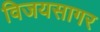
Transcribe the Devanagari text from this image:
विजयसागर